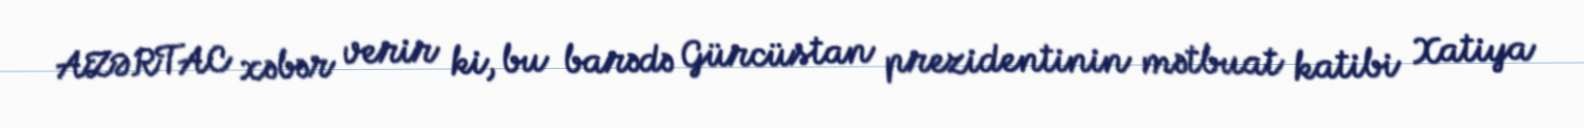
AZƏRTAC xəbər verir ki, bu barədə Gürcüstan prezidentinin mətbuat katibi Xatiya